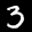
Label: 3